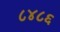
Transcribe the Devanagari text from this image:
८४८६